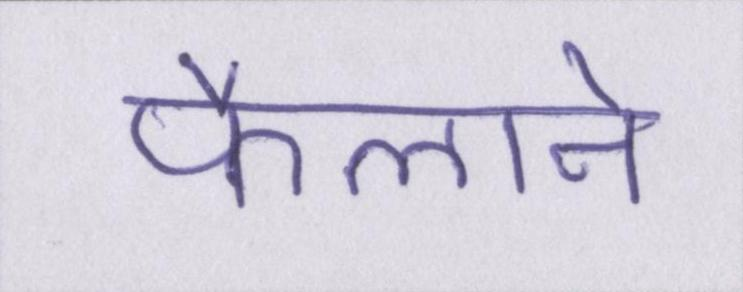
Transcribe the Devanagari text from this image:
फैलाने